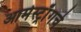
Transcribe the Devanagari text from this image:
आर्मस्ट्राँगचे